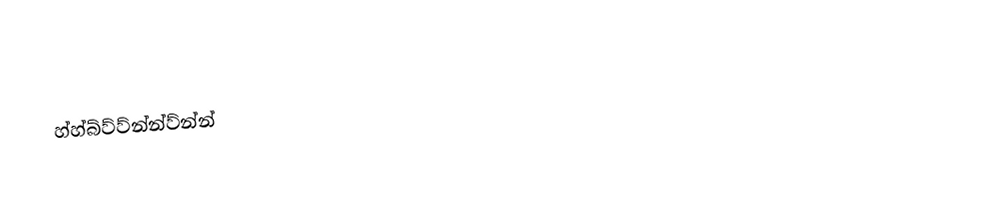
හ්හ්බ්ව්ව්න්න්ව්න්න්